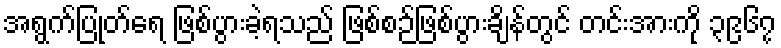
အရွက်ပြုတ်ရေ ဖြစ်ပွားခဲ့ရသည် ဖြစ်စဉ်ဖြစ်ပွားချိန်တွင် တင်းအားကို ၃၉၆၇